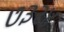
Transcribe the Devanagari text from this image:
७३२४